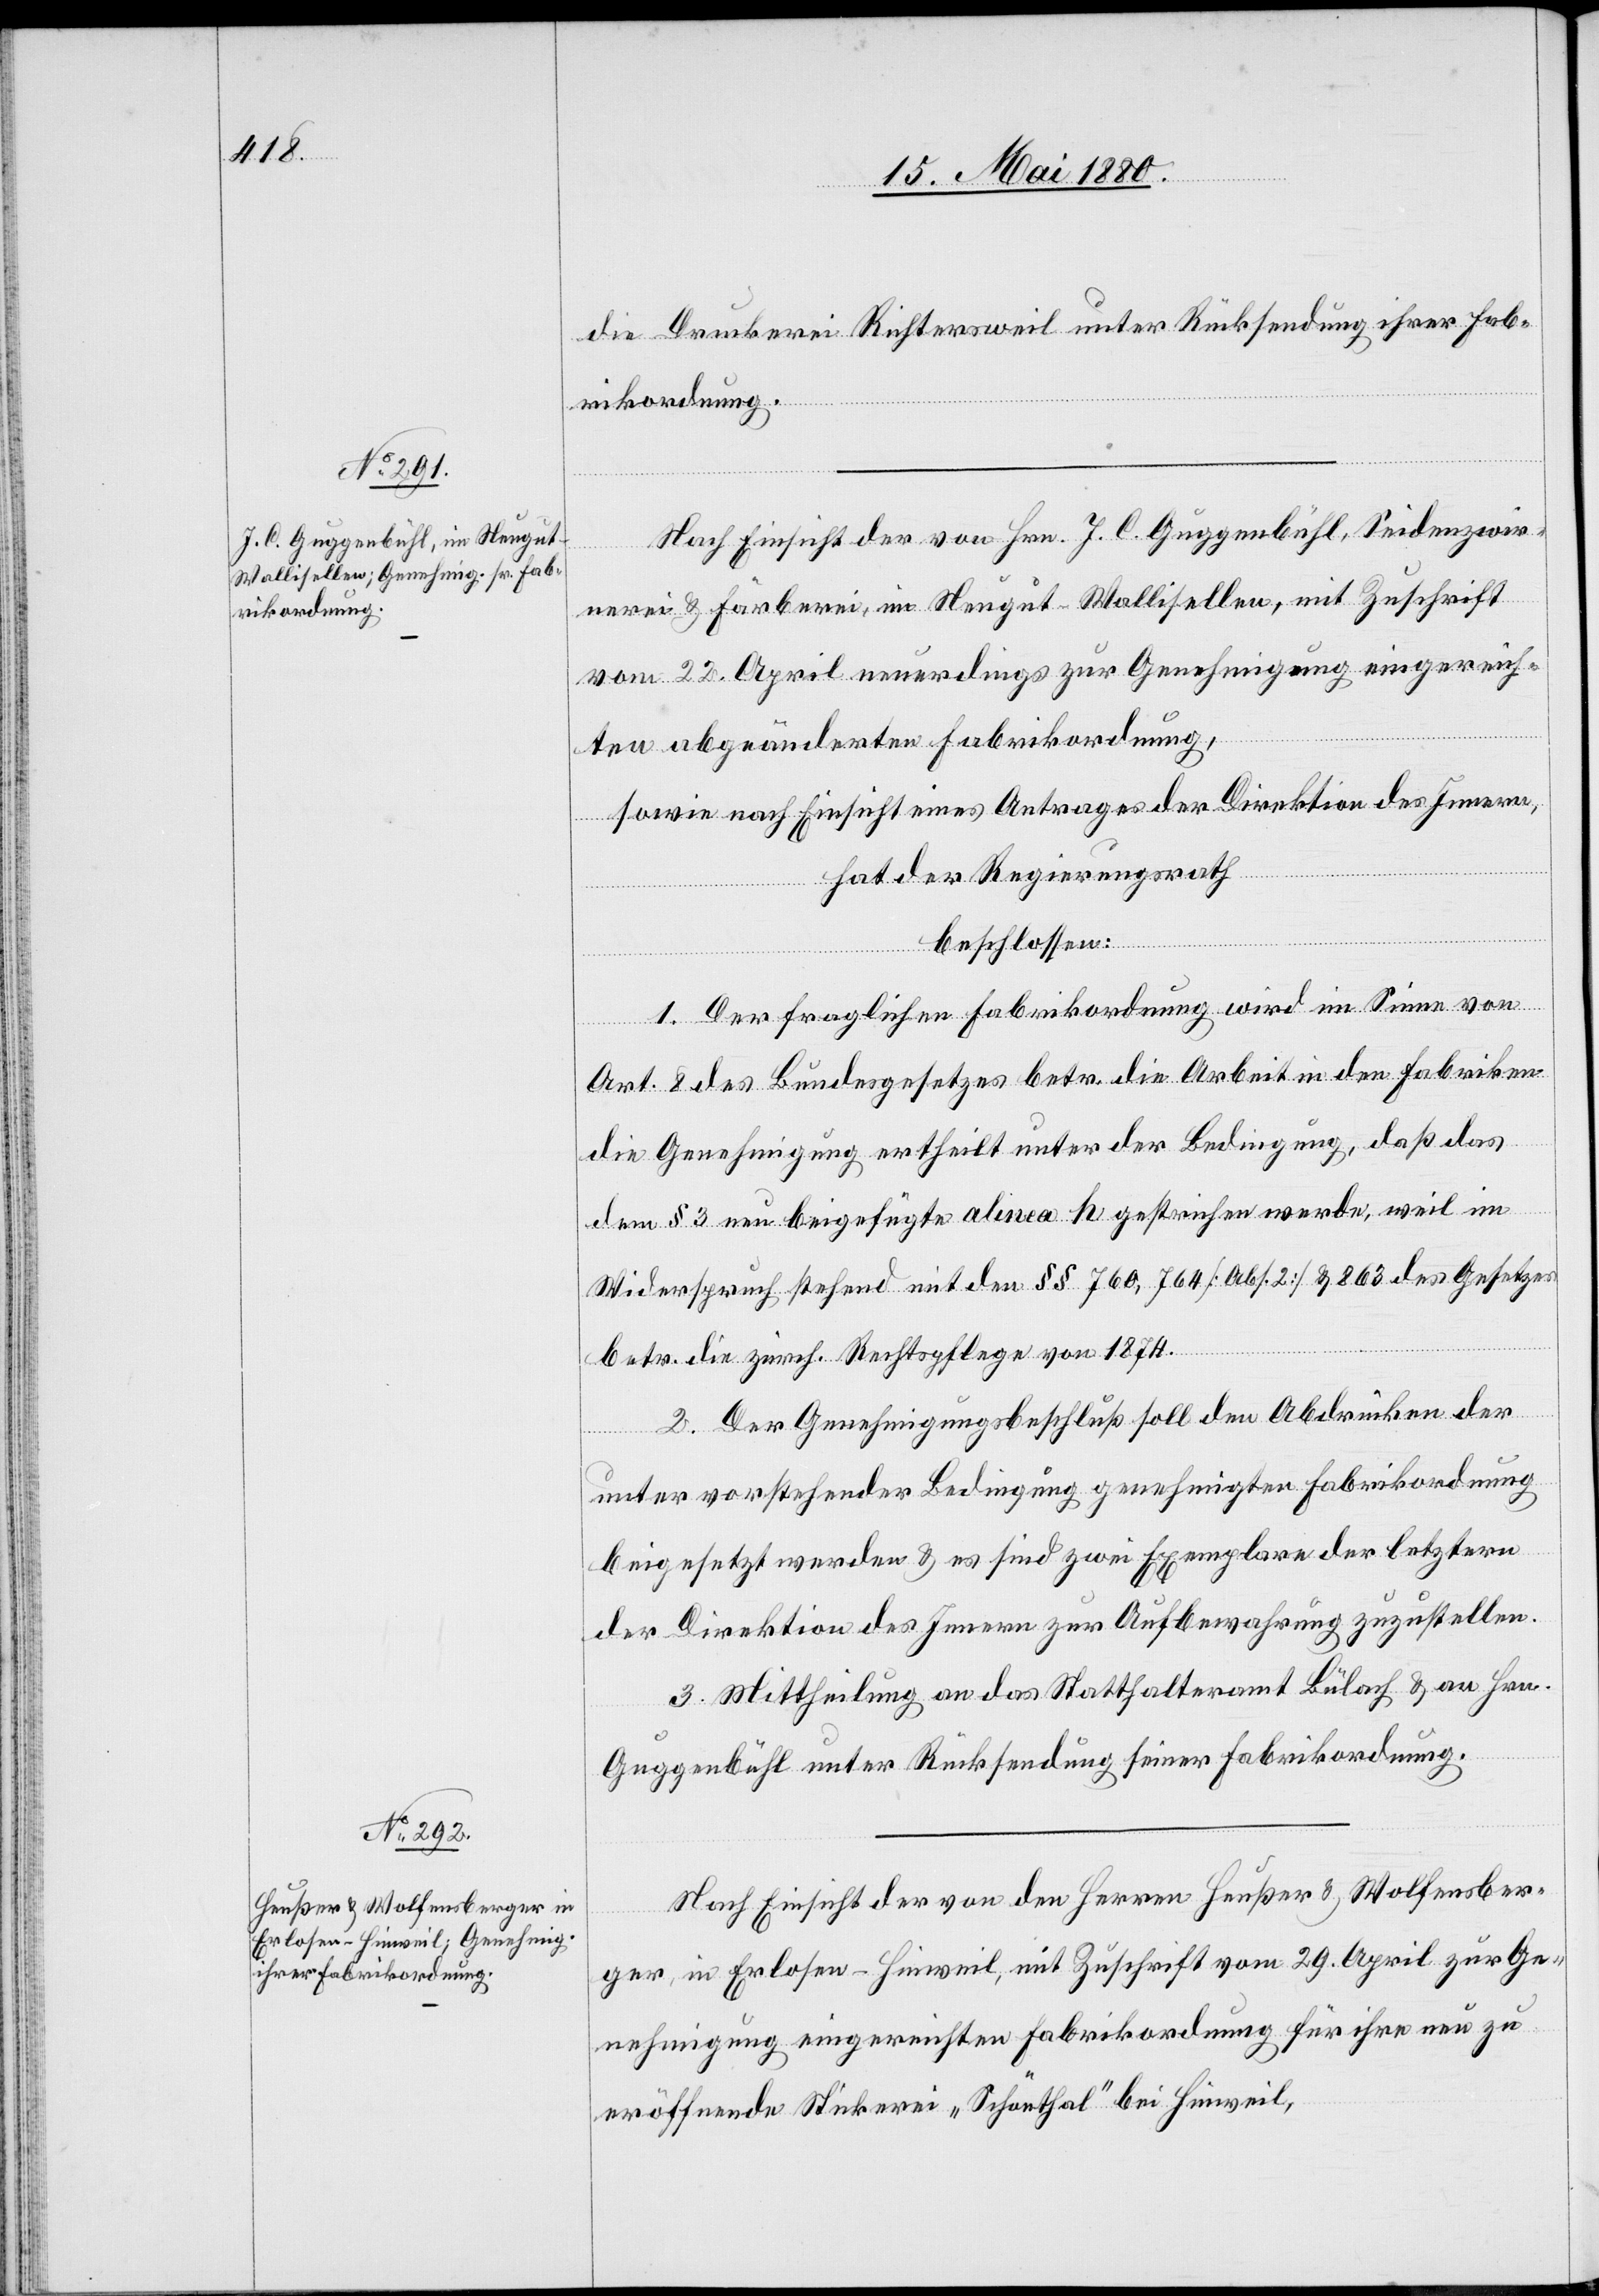
die Druckerei Richtersweil unter Rücksendung ihrer Fab¬
rikordnung.
Nach Einsicht der von Hrn. J. C. Guggenbühl, Seidenzwir¬
nerei & Färberei, im Neugut - Wallisellen, mit Zuschrift
vom 22. April neuerdings zur Genehmigung eingereich¬
ten abgeänderten Fabrikordnung,
sowie nach Einsicht eines Antrages der Direktion des Innern,
hat der Regierungsrath
beschlossen:
1. Der fraglichen Fabrikordnung wird im Sinne von
Art. 8 des Bundesgesetzes betr. die Arbeit in den Fabriken
die Genehmigung ertheilt unter der Bedingung, daß das
dem § 3 neu beigefügte alinea h gestrichen werde, weil im
Widerspruch stehend mit den §§ 760, 764 [Abs. 2] & 863 des Gesetzes
betr. die zürch. Rechtspflege von 1874.
2. Der Genehmigungsbeschluß soll den Abdrücken der
unter vorstehender Bedingung genehmigten Fabrikordnung
beigesetzt werden & es sind zwei Exemplare der letztern
der Direktion des Innern zur Aufbewahrung zuzustellen.
3. Mittheilung an das Statthalteramt Bülach & an Hrn.
Guggenbühl unter Rücksendung seiner Fabrikordnung.
Nach Einsicht der von den Herren Heußer & Wolfensber¬
ger, in Erlosen - Hinweil, mit Zuschrift vom 29. April zur Ge¬
nehmigung eingereichten Fabrikordnung für ihre neu zu
eröffnende Stickerei „Schönthal“ bei Hinweil,